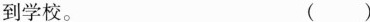
到学校。 ( )